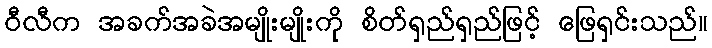
ဝီလီက အခက်အခဲအမျိုးမျိုးကို စိတ်ရှည်ရှည်ဖြင့် ဖြေရှင်းသည်။